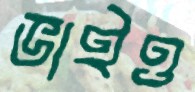
ভাইও